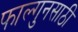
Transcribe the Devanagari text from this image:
फाल्गुनसाठी